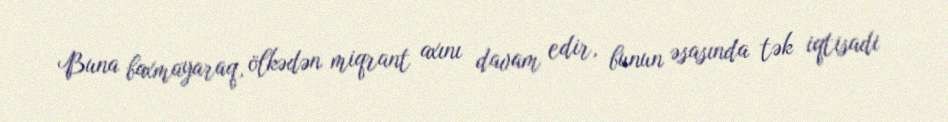
Buna baxmayaraq, ölkədən miqrant axını davam edir, bunun əsasında tək iqtisadi